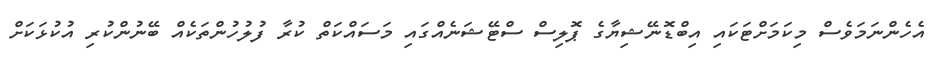
އެހެންނަމަވެސް މިކަމަށްޓަކައި އިބްޑޮނޭޝިޔާގެ ޕޮލިސް ސްޓޭޝަނެއްގައި މަސައްކަތް ކުރާ ފުލުހުންތަކެއް ބޭނުންކުރި އުކުޅަކަށް